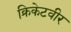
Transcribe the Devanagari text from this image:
क्रिकेटवीर